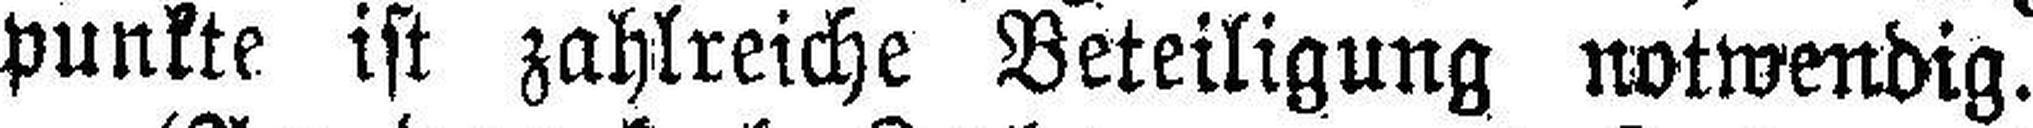
punkte ist zahlreiche Beteiligung notwendig.